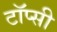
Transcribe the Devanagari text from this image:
टॉप्सी